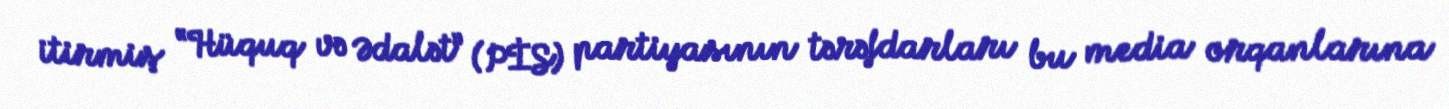
itirmiş “Hüquq və Ədalət” (PİS) partiyasının tərəfdarları bu media orqanlarına